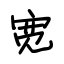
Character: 宽